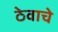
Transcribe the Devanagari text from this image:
ठेवाचे